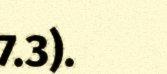
7.3).